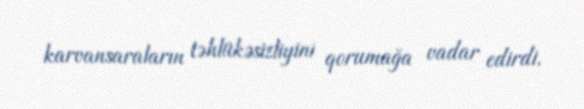
karvansaraların təhlükəsizliyini qorumağa vadar edirdi.